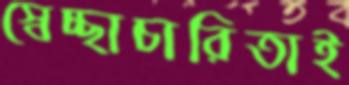
স্বেচ্ছাচারিতাই